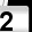
Digit: 2